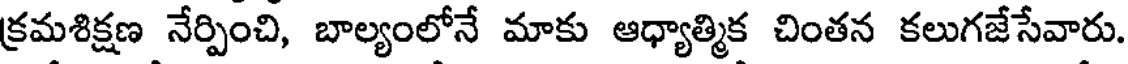
క్రమశిక్షణ నేర్పించి, బాల్యంలోనే మాకు ఆధ్యాత్మిక చింతన కలుగజేసేవారు.